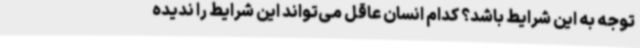
توجه به این شرایط باشد؟ کدام انسان عاقل می‌تواند این شرایط را ندیده